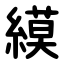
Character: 縸